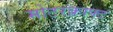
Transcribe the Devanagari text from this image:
मोटरक्राफ्ट